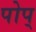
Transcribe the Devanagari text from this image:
पोप्